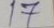
17